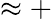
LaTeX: \approx+